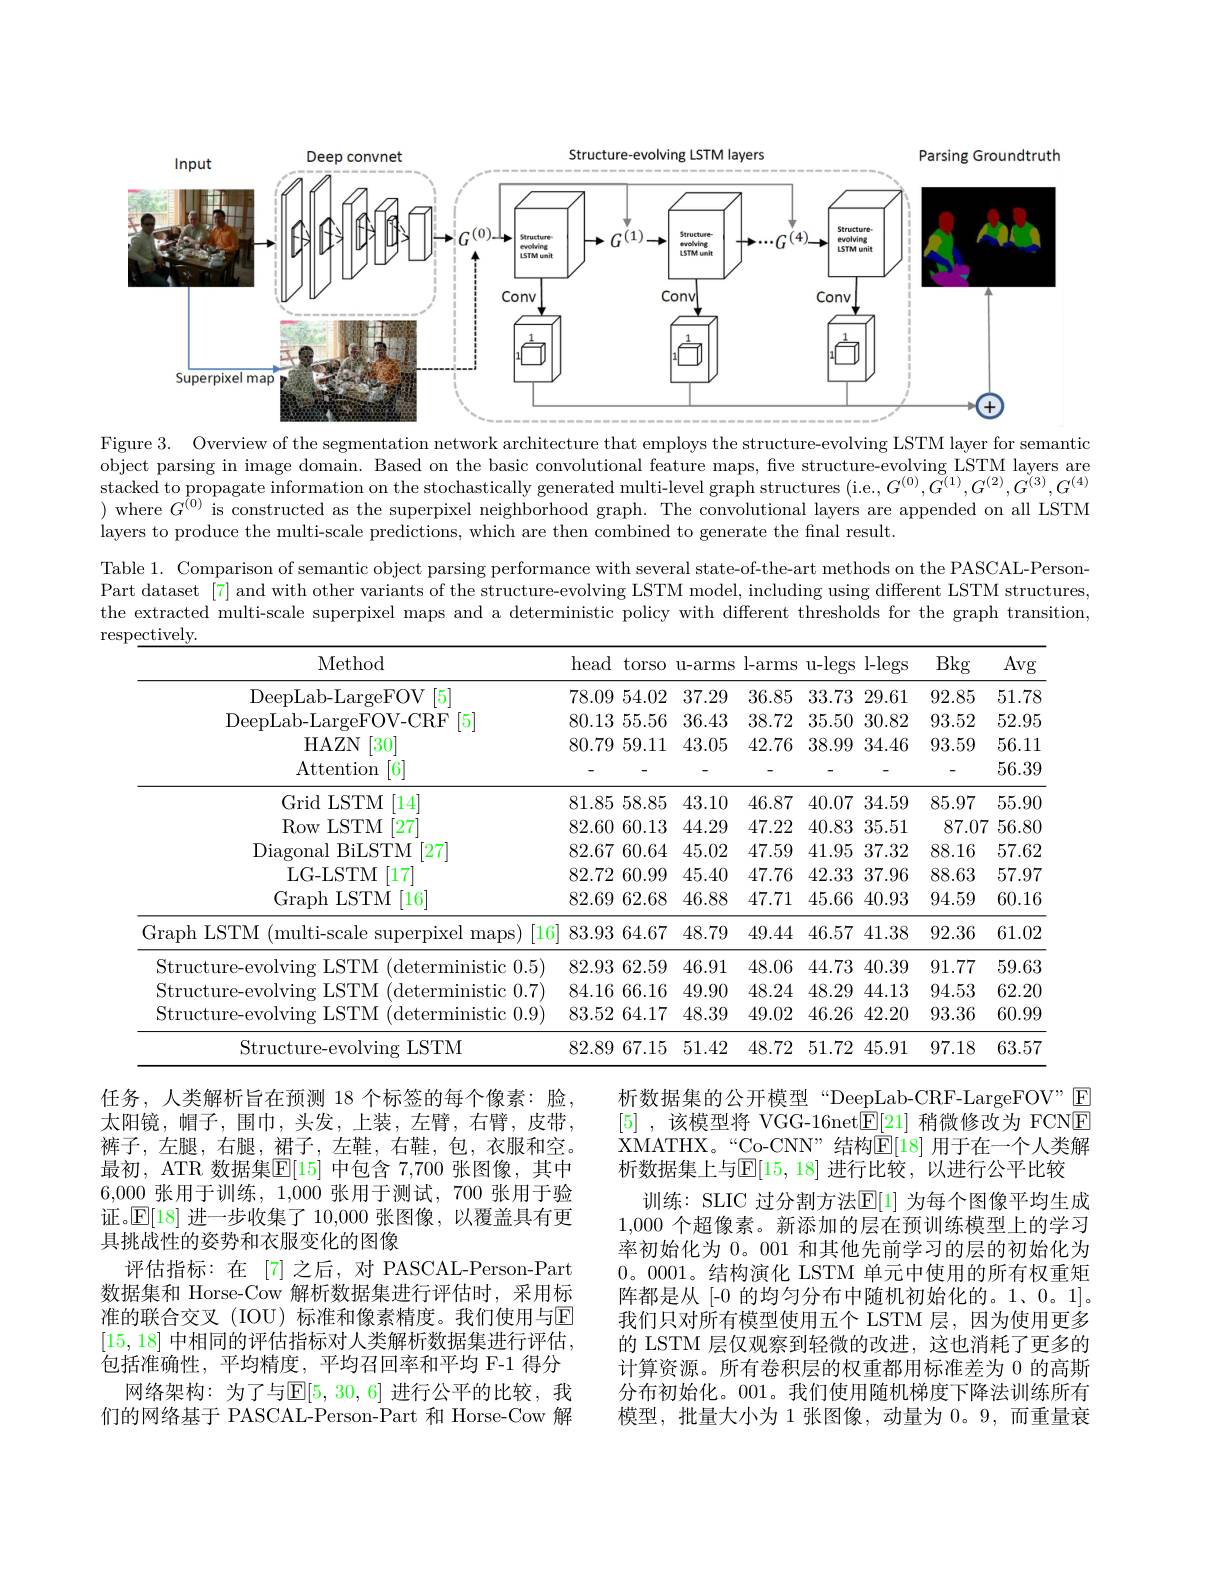
<FigureHere>

Figure 3. Overview of the segmentation network architecture that employs the structure-evolving LSTM layer for semantic object parsing in image domain. Based on the basic convolutional feature maps, five structure-evolving LSTM layers are stacked to propagate information on the stochastically generated multi-level graph structures (i.e., $G^{(0)},G^{(1)},G^{(2)},G^{(3)},G^{(4)}$ ) where $G^(0)$ is constructed as the superpixel neighborhood graph. The convolutional layers are appended on all LSTM layers to produce the multi-scale predictions, which are then combined to generate the final result.

Table 1. Comparison of semantic object parsing performance with several state-of-the-art methods on the PASCAL-PersonPart dataset [7] and with other variants of the structure-evolving LSTM model, including using different LSTM structures, the extracted multi-scale superpixel maps and a deterministic policy with different thresholds for the graph transition,

<table>
	<tbody>
		<tr>
			<th>Method</th>
			<th>head</th>
			<th>torso</th>
			<th>ll- arms</th>
			<th>l-arms</th>
			<th>u-legs</th>
			<th>l-legs</th>
			<th>Bkg</th>
			<th>Avg</th>
		</tr>
		<tr>
			<td>DeepLab- LargeFOV [ 5] </td>
			<td>78.09</td>
			<td>54.02</td>
			<td>37.29</td>
			<td>36.85</td>
			<td>33.73</td>
			<td>29.61</td>
			<td>92.85</td>
			<td>51.78</td>
		</tr>
		<tr>
			<td>TRE [5] $|)_{PF}$</td>
			<td>80.13</td>
			<td>55.56</td>
			<td>36.43</td>
			<td>38.72</td>
			<td>35.50</td>
			<td>30.82</td>
			<td>93.52</td>
			<td>52.95</td>
		</tr>
		<tr>
			<td>HAZN [30]</td>
			<td>80.79</td>
			<td>59.11</td>
			<td>43.05</td>
			<td>42.76</td>
			<td>38.99</td>
			<td>34.46</td>
			<td>93.59</td>
			<td>56.11</td>
		</tr>
		<tr>
			<td>Attention 6</td>
			<td>-</td>
			<td>-</td>
			<td>-</td>
			<td>-</td>
			<td>-</td>
			<td>-</td>
			<td>-</td>
			<td>56.39</td>
		</tr>
		<tr>
			<td>Grid LSTM $I$ [14]</td>
			<td>81.85</td>
			<td>58.85</td>
			<td>43.10</td>
			<td>46.87</td>
			<td>40.07</td>
			<td>34.59</td>
			<td>85.97</td>
			<td>55.90</td>
		</tr>
		<tr>
			<td>Row LSTM $\left[27\right]$</td>
			<td>82.60</td>
			<td>60.13</td>
			<td>44.29</td>
			<td>47.22</td>
			<td>40.83</td>
			<td>35.51</td>
			<td>87.07</td>
			<td>56.80</td>
		</tr>
		<tr>
			<td>Diagonal BiLSTM [27]</td>
			<td>82.67</td>
			<td>60.64</td>
			<td>45.02</td>
			<td>47.59</td>
			<td>41.95</td>
			<td>37.32</td>
			<td>88.16</td>
			<td>57.62</td>
		</tr>
		<tr>
			<td>LG- LSTM [17]</td>
			<td>82.72</td>
			<td>60.99</td>
			<td>45.40</td>
			<td>47.76</td>
			<td>42.33</td>
			<td>37.96</td>
			<td>88.63</td>
			<td>57.97</td>
		</tr>
		<tr>
			<td>Graph LSTM [16]</td>
			<td>82.69</td>
			<td>62.68</td>
			<td>46.88</td>
			<td>47.71</td>
			<td>45.66</td>
			<td>40.93</td>
			<td>94.59</td>
			<td>60.16</td>
		</tr>
		<tr>
			<td>Graph LSTM (multi-scale superpixel maps)[16]</td>
			<td>83.93</td>
			<td>64.67</td>
			<td>48.79</td>
			<td>49.44</td>
			<td>46.57</td>
			<td>41.38</td>
			<td>92.36</td>
			<td>61.02</td>
		</tr>
		<tr>
			<td>Structure-evolving LSTM (deterministic 0.5)</td>
			<td>82.93</td>
			<td>62.59</td>
			<td>46.91</td>
			<td>48.06</td>
			<td>44.73</td>
			<td>40.39</td>
			<td>91.77</td>
			<td>59.63</td>
		</tr>
		<tr>
			<td>Structure olvins $|S|^{\prime}|\mathcal{M}$ ldete ministic 117 ·I</td>
			<td>84.16</td>
			<td>66.16</td>
			<td>49.90</td>
			<td>48.24</td>
			<td>48.29</td>
			<td>44.13</td>
			<td>94.53</td>
			<td>62.20</td>
		</tr>
		<tr>
			<td>Structure-evolving LSTM (deterministic 0.9)</td>
			<td>83.52</td>
			<td>64.17</td>
			<td>48.39</td>
			<td>49.02</td>
			<td>46.26</td>
			<td>42.20</td>
			<td>93.36</td>
			<td>60.99</td>
		</tr>
		<tr>
			<td>Structure-evolving LSTM</td>
			<td>82.89</td>
			<td>67.15</td>
			<td>51.42</td>
			<td>48.72</td>
			<td>51.72</td>
			<td>45.91</td>
			<td>97.18</td>
			<td>63.57</td>
		</tr>
	</tbody>
</table>

析数据集的公开模型“DeepLab-CRF-LargeFOV" $\boxed{\mathrm{E}}$ [5] ,该模型将 VGG-16net$\boxed{\mathrm{E}}[21]$稍微修改为 FCN$\boxed{\mathrm{E}}$ XMATHX。“Co-CNN”结构$\bar{\mathbb{E}}[18]$ 用于在一个人类解析数据集上与$\mathbb{E}[15,18]$ 进行比较，以进行公平比较
训练：SLIC 过分割方法$\mathbb{E}[$l] 为每个图像平均生成1,000个超像素。新添加的层在预训练模型上的学习率初始化为 0。001 和其他先前学习的层的初始化为$0。0001。结构演化~LSTM~单元中使用的所有权重矩$ 阵都是从[-0 的均匀分布中随机初始化的。1、0。1]。我们只对所有模型使用五个 LSTM 层，因为使用更多的 LSTM 层仅观察到轻微的改进，这也消耗了更多的计算资源。所有卷积层的权重都用标准差为 0 的高斯分布初始化。001。我们使用随机梯度下降法训练所有模型，批量大小为 1 张图像，动量为0。9,而重量衰

任务，人类解析旨在预测 18 个标签的每个像素：脸， 太阳镜，帽子，围巾，头发，上装，左臂，右臂，皮带， 裤子，左腿，右腿，裙子，左鞋，右鞋，包，衣服和空。最初，ATR 数据集$\mathbb{E}[15]$ 中包含 7,700 张图像，其中6,000张用于训练，1,000 张用于测试，700 张用于验证。$\mathbb{E}[18]$进一步收集了 10,000 张图像，以覆盖具有更具挑战性的姿势和衣服变化的图像
评估指标：在[7]之后，对 PASCAL-Person-Part 数据集和 Horse-Cow 解析数据集进行评估时，采用标准的联合交叉(IOU)标准和像素精度。我们使用与E [15,18] 中相同的评估指标对人类解析数据集进行评估， 包括准确性，平均精度，平均召回率和平均 F-1 得分
网络架构：为了与$\mathbb{E}[5,30,6]$ 进行公平的比较，我们的网络基于 PASCAL-Person-Part 和 Horse-Cow 解